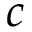
c